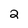
Character: 2